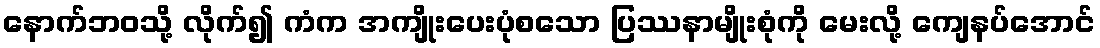
နောက်ဘဝသို့ လိုက်၍ ကံက အကျိုးပေးပုံစသော ပြဿနာမျိုးစုံကို မေးလို့ ကျေနပ်အောင်